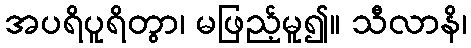
အပရိပူရိတွာ၊ မဖြည့်မူ၍။ သီလာနိ၊